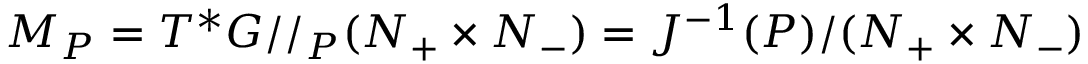
M _ { P } = T ^ { * } G / / _ { P } ( N _ { + } \times N _ { - } ) = J ^ { - 1 } ( P ) / ( N _ { + } \times N _ { - } )